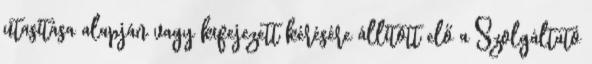
utasítása alapján vagy kifejezett kérésére állított elő a Szolgáltató